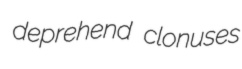
deprehend clonuses